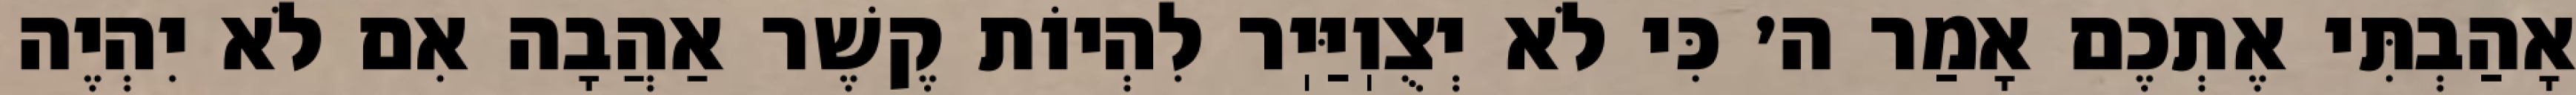
אָהַבְתִּי אֶתְכֶם אָמַר ה׳ כִּי לֹא יְצֻוֽיַּיֽר לִהְיוֹת קֶשֶׁר אַהֲבָה אִם לֹא יִהְיֶה